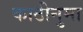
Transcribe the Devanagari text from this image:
काठीनुमा